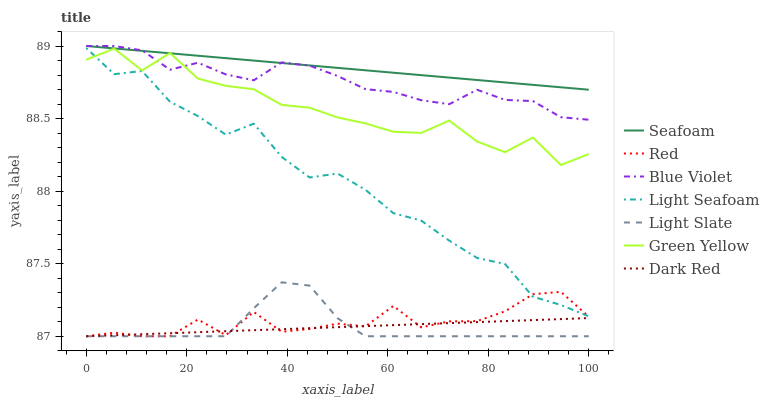
| xaxis_label | Seafoam | Red | Blue Violet | Light Seafoam | Light Slate | Green Yellow | Dark Red |
 | --- | --- | --- | --- | --- | --- | --- | --- |
 | 0 | 89 | 87 | 89 | 89 | 87 | 88.9 | 87 |
 | 5.56 | 89 | 87 | 89 | 88.8 | 87 | 89 | 87 |
 | 11.1 | 89 | 87 | 89 | 88.8 | 87 | 88.8 | 87 |
 | 16.7 | 88.9 | 87 | 88.8 | 88.6 | 87 | 89 | 87 |
 | 22.2 | 88.9 | 87.1 | 88.9 | 88.5 | 87 | 88.8 | 87 |
 | 27.8 | 88.9 | 87 | 88.8 | 88.4 | 87 | 88.7 | 87 |
 | 33.3 | 88.9 | 87.2 | 88.8 | 88.5 | 87.2 | 88.7 | 87 |
 | 38.9 | 88.9 | 87 | 88.9 | 88.2 | 87.4 | 88.6 | 87 |
 | 44.4 | 88.9 | 87.1 | 88.9 | 88.1 | 87.3 | 88.6 | 87.1 |
 | 50 | 88.8 | 87.1 | 88.8 | 88.1 | 87.1 | 88.5 | 87.1 |
 | 55.6 | 88.8 | 87.1 | 88.7 | 88 | 87 | 88.5 | 87.1 |
 | 61.1 | 88.8 | 87.2 | 88.7 | 87.8 | 87 | 88.4 | 87.1 |
 | 66.7 | 88.8 | 87.1 | 88.6 | 87.8 | 87 | 88.4 | 87.1 |
 | 72.2 | 88.8 | 87.1 | 88.6 | 87.7 | 87 | 88.5 | 87.1 |
 | 77.8 | 88.8 | 87.1 | 88.7 | 87.5 | 87 | 88.3 | 87.1 |
 | 83.3 | 88.7 | 87.2 | 88.6 | 87.5 | 87 | 88.3 | 87.1 |
 | 88.9 | 88.7 | 87.3 | 88.6 | 87.3 | 87 | 88.4 | 87.1 |
 | 94.4 | 88.7 | 87.3 | 88.5 | 87.2 | 87 | 88.2 | 87.1 |
 | 100 | 88.7 | 87.1 | 88.5 | 87.1 | 87 | 88.3 | 87.1 |